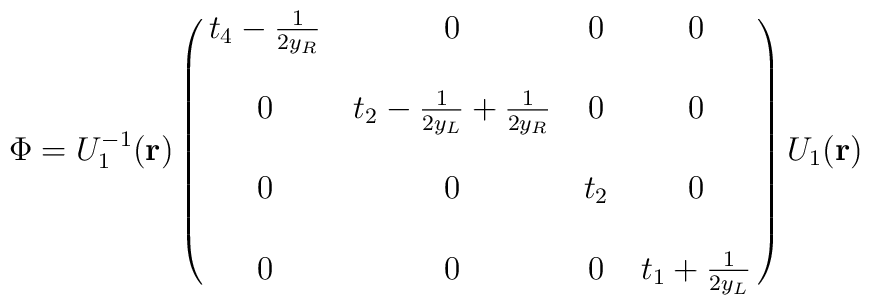
\Phi = U_1^{-1}({\bf r})        \left( \matrix{ t_4 -{1\over 2y_R} & 0 & 0 & 0 \cr\cr             0 & t_2 -{1\over 2y_L} + {1\over 2y_R} & 0 & 0 \cr\cr             0 & 0 & t_2 & 0 \cr\cr             0 & 0 & 0 &  t_1 +{1\over 2y_L}} \right)         U_1({\bf r})